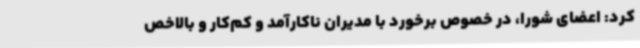
کرد: اعضای شورا، در خصوص برخورد با مدیران ناکارآمد و کم‌کار و بالاخص